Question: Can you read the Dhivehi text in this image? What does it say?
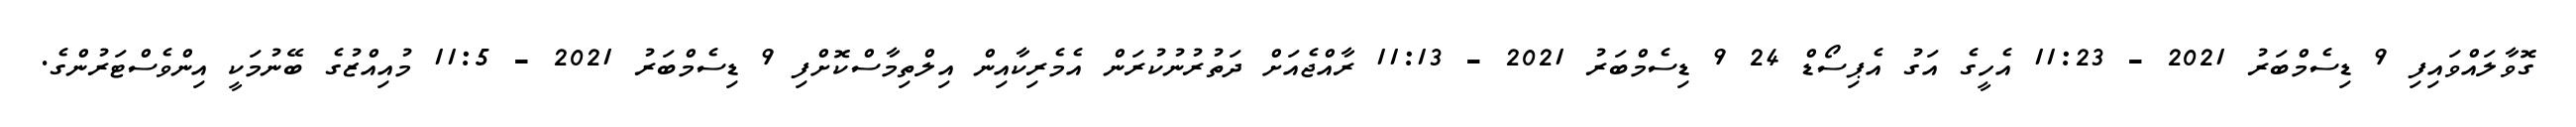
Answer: ގޮވާލައްވައިފި 9 ޑިސެމްބަރު 2021 - 11:23 އެހީގެ އަގު އެޕިސޯޑް 24 9 ޑިސެމްބަރު 2021 - 11:13 ރާއްޖެއަށް ދަތުރުނުކުރަން އެމެރިކާއިން އިލްތިމާސްކޮށްފި 9 ޑިސެމްބަރު 2021 - 11:5 މުއިއްޒުގެ ބޭނުމަކީ އިންވެސްޓަރުންގެ.